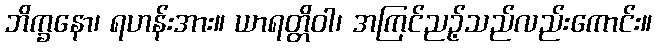
ဘိက္ခနော၊ ရဟန်းအား။ ယာရတ္တိဝါ၊ အကြင်ညဉ့်သည်လည်းကောင်း။